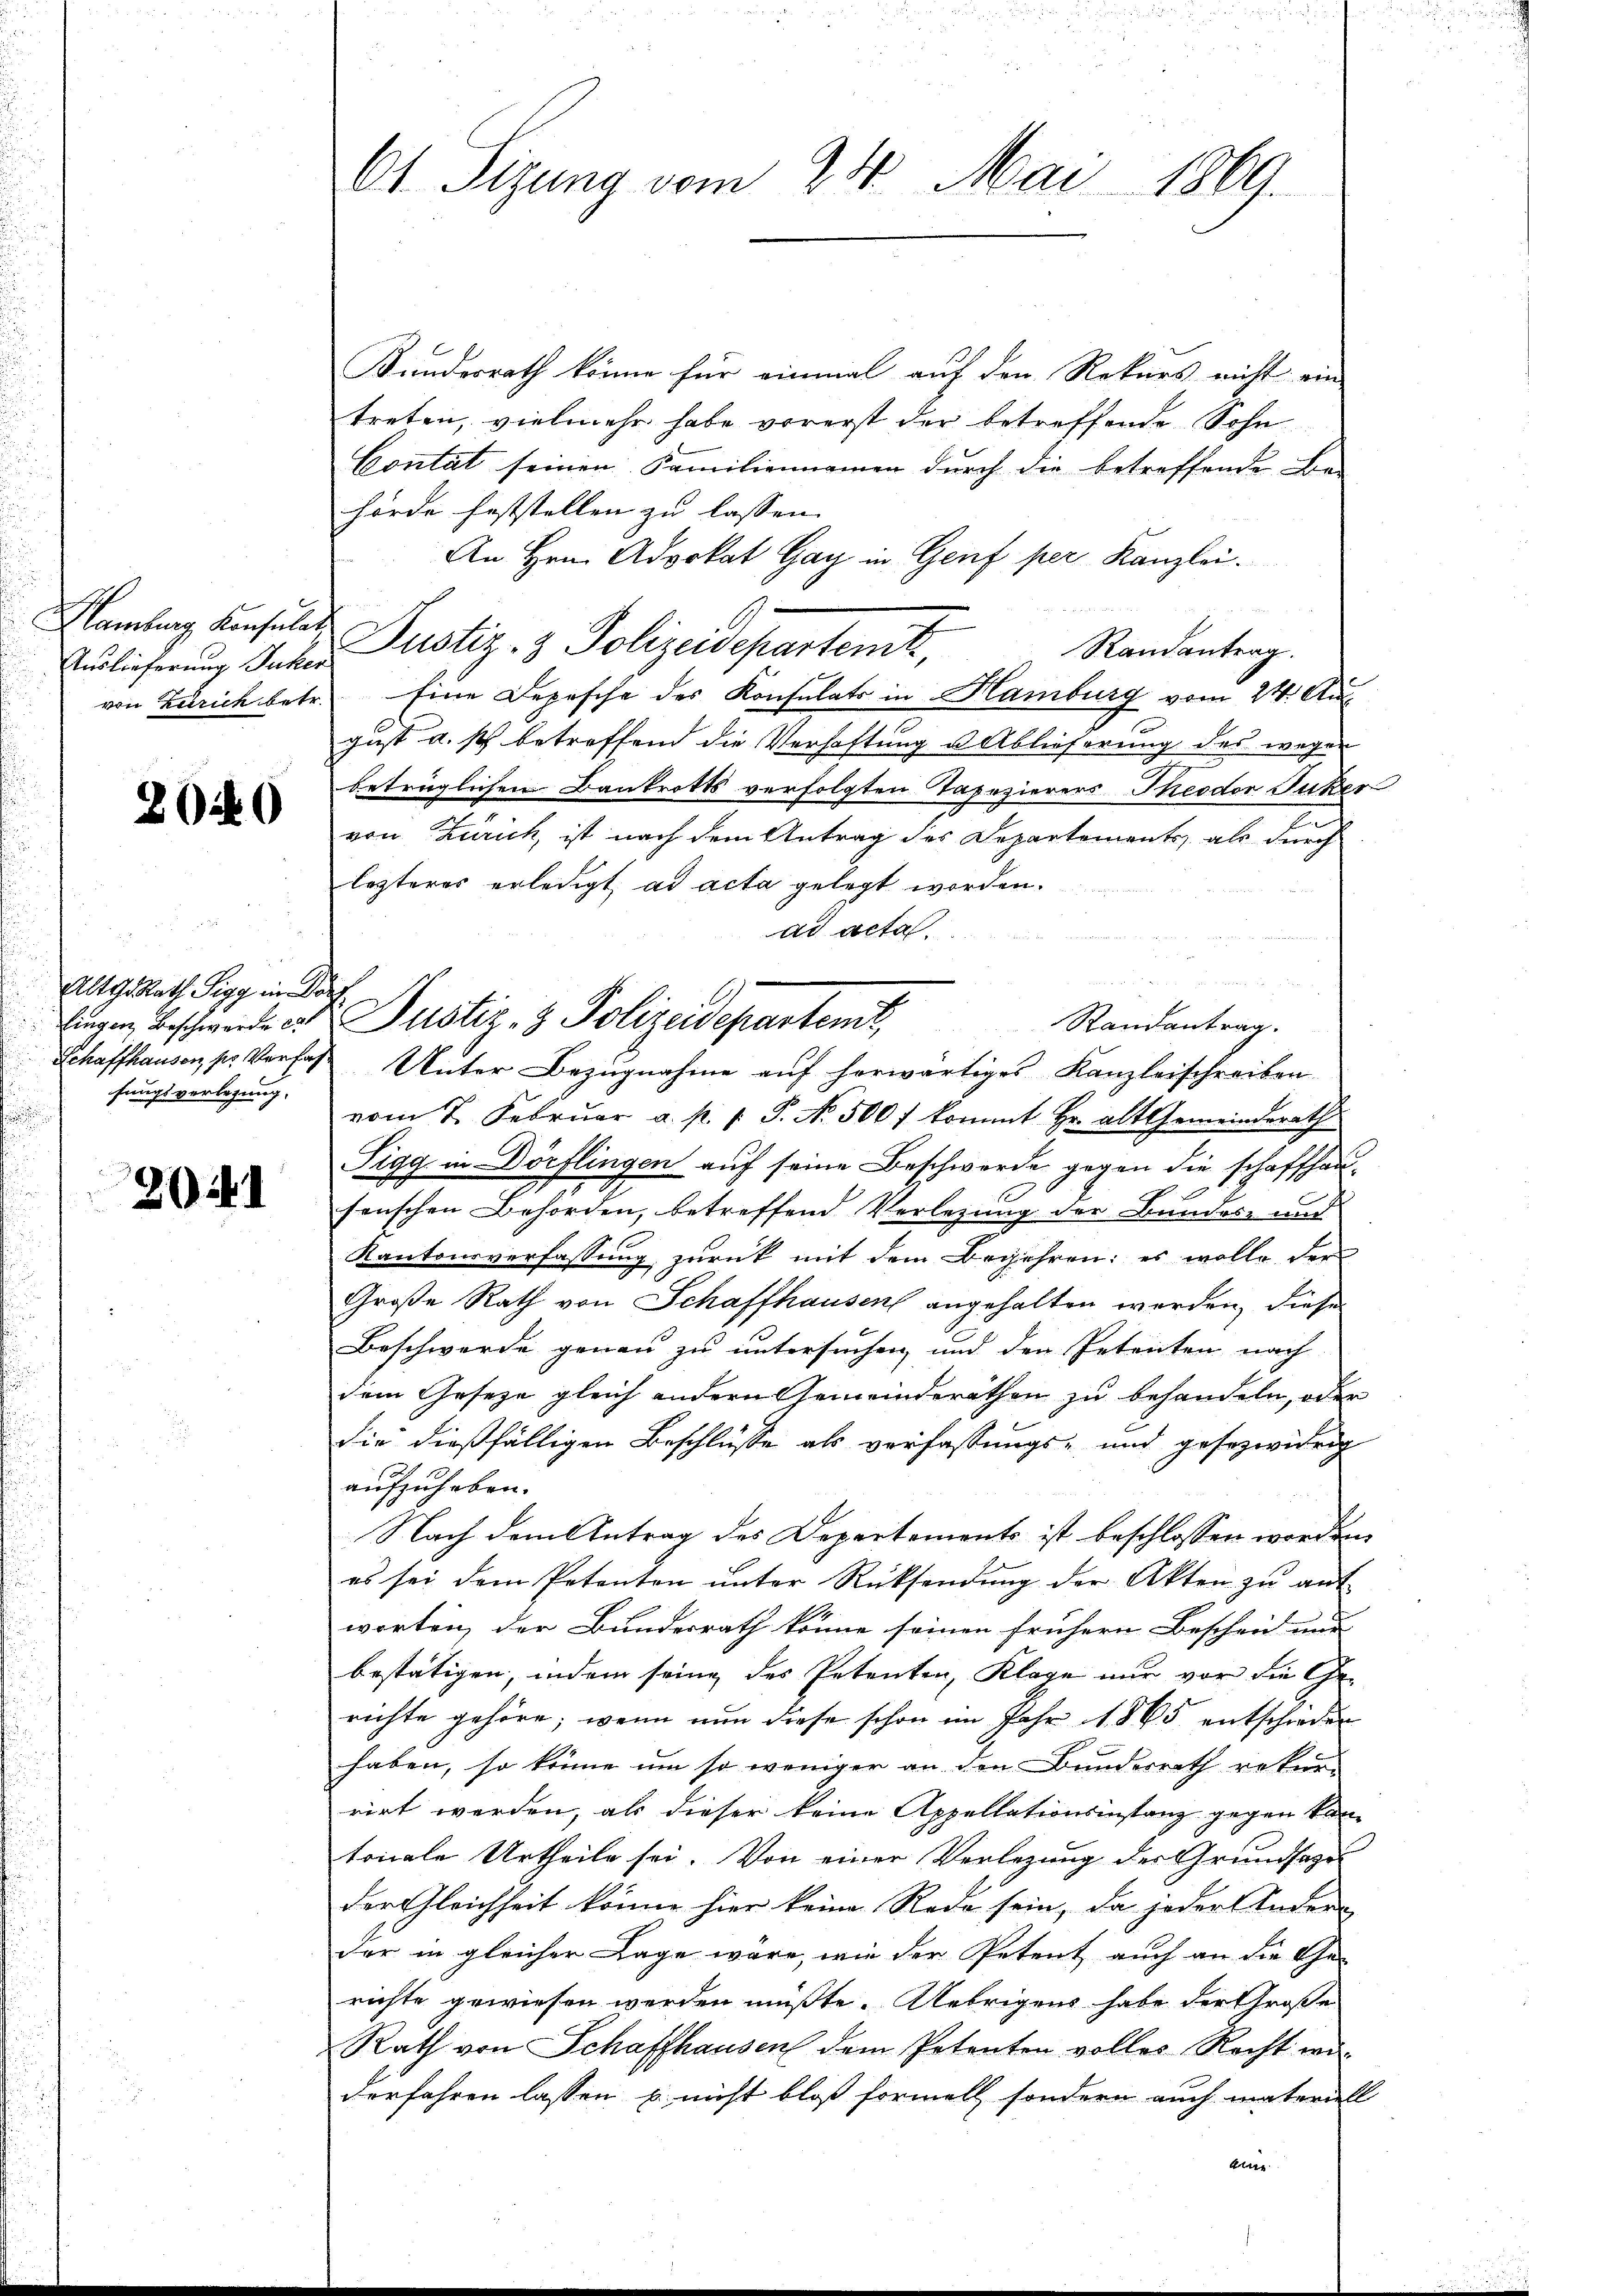
Hamburg Konsulat
von Zürich betr.

2040

Alter Rath Sigg in
fingen Beschwerde e
fungsverlegung.

2041

61. Sizung vom 24. Mai 1869.

r

Kundesrath könne für einmal auf den Rekurs nicht ein
treten, vielmehr habe vorerst der betreffende Sohn
Contat seinen Familiennamen durch die betreffende Be-
hörde feststellen zu lassen.
An Hrn. Advokat Gay in Genf per Kanzlei.
Randantrag.
Auslieferung Inter Justiz- & Polizeidepartenik,
Eine Depesche des Konsulats in Hamburg vom 24. Au
gust u. s betreffend die Verhaftung u Ablieferung des wegen
betrüglichen Bankrotts verfolgten Tapezierers Theodor Juker
von Zürich, ist nach dem Antrag des Departements, als durch
lezteres erledigt, ad acta gelegt worden.
ad acta.
Randantrag.
Schaffhausen, pr. Verfaßt Unter Bezugnahme auf herwärtiges Kanzleischreiben
vom 2. Febrŭar a. p. 1. P. No. 500 f kommt hr. alt Gemeinderath
Sigg in Dörflingen auf seine Beschwerde gegen die schaffhaum
senschen Behörden, betreffend Verlegung der Bundes- und
Kantonsverfassung zurück mit dem Begehren; es wolle der
Große Rath von Schaffhausen angehalten werden, dieses
Beschwerde genau zu untersuchen, und den Petenten nach
dem Geseze gleich andern Gemeinderathen zu behandeln, oder
die dießfälligen Beschlüsse als verfassungs- und gesezwidrig
aufzuheben.
Nach dem Antrag des Departements ist beschlossen worden,
es sei dem Petenton ŭnter Rücksendŭng der Akten zŭ ant
worten, der Bundesrath könne seinen frühern Beschein nur |
bestätigen, indem seine des Petenten, Klage nur vor die Gerichte gehöre; wenn nun diese schon im Jahr 1865 entschieden
haben, so könne um so weniger an den Bundesrath rekur-
rirt werden, als dieser keine Appellationsinstanz gegen kan
tonale Urtheile sei. Von einer Verlegung der Grundsazu
der Gleichheit könne hier keine Rede sein, da jeder Ander-
der in gleicher Lage wäre, wie der Petent auch an die Ge-
richte gewiesen werden müßte. Uebrigens habe der Große
Rath von Schaffhausen dem Petenten volles Recht woderfahren lassen u. nicht bloß formell, sondern auch materiell
Alter

Justiz- & Polizeidepartenit